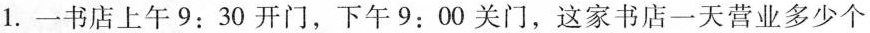
1.一书店上午 9 : 3 0 开门，下午9 : 0 0关门，这家书店一天营业多少个